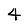
Digit: 4